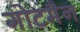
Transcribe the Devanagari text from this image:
गोटमैन